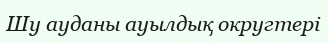
Шу ауданы ауылдық округтері